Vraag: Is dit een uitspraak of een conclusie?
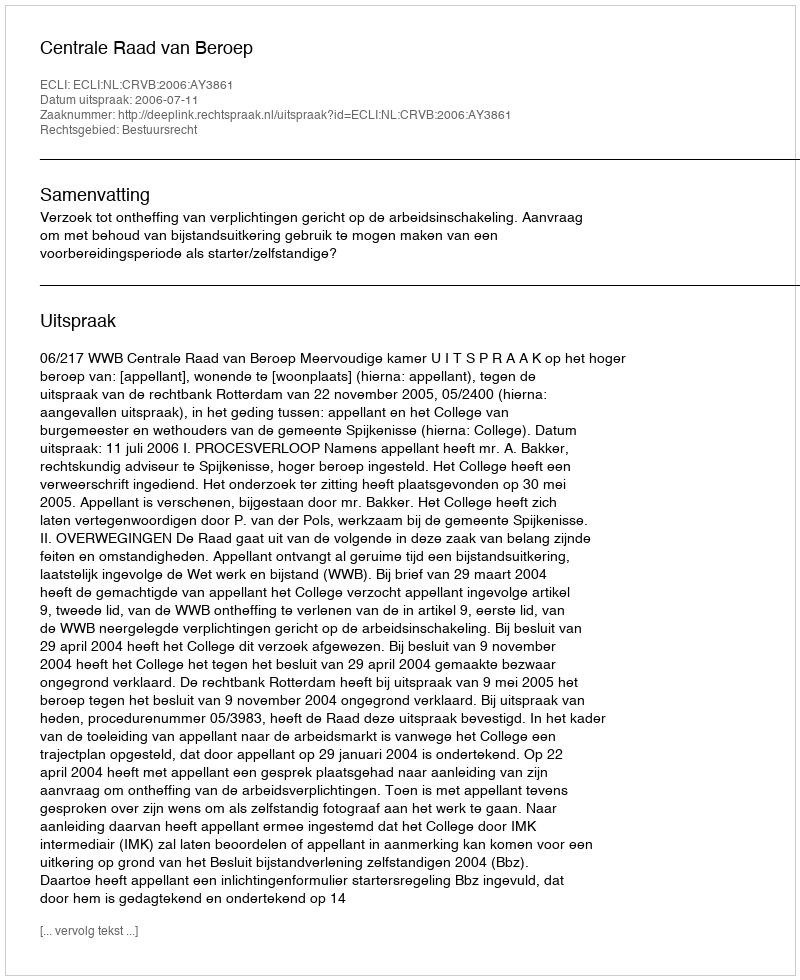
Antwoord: Uitspraak